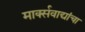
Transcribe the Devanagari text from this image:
मार्क्सवाद्यांचा